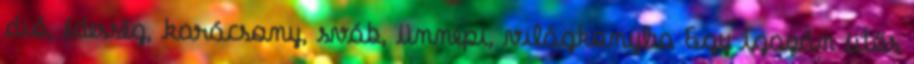
dió, édesség, karácsony, sváb, ünnepi, világkonyha Egy igazán ütős